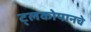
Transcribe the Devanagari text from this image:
ट्लकोपानचे